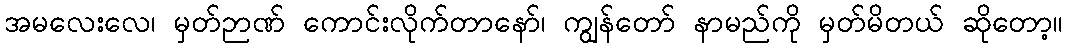
အမလေးလေ၊ မှတ်ဉာဏ် ကောင်းလိုက်တာနော်၊ ကျွန်တော် နာမည်ကို မှတ်မိတယ် ဆိုတော့။